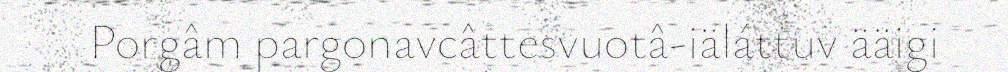
Porgâm pargonavcâttesvuotâ-iäláttuv ääigi